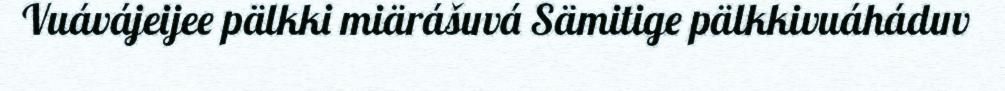
Vuávájeijee pälkki miärášuvá Sämitige pälkkivuáháduv